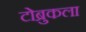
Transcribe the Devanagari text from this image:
टोब्रुकला